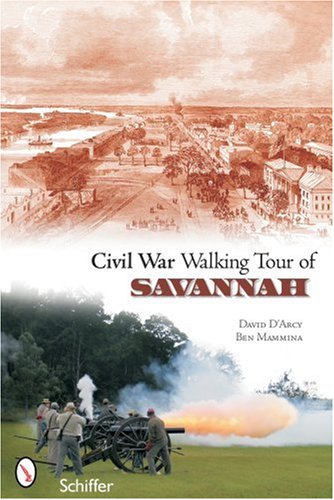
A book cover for Civil War Walking Tour of Savannah; David D'Arcy; Travel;